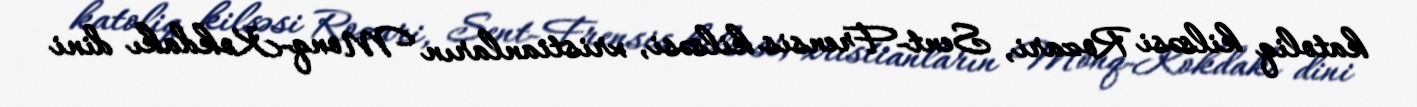
katoliq kilsəsi Rozari, Sent-Frensis kilsəsi, xristianların Monq-Kokdakı dini